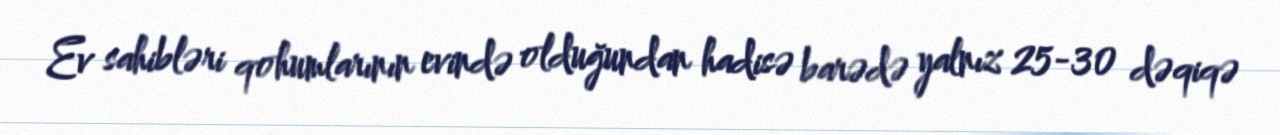
Ev sahibləri qohumlarının evində olduğundan hadisə barədə yalnız 25-30 dəqiqə